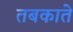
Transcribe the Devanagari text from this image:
तबकाते